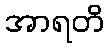
အာရတိ